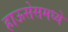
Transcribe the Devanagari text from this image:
हाऊसेसमध्ये